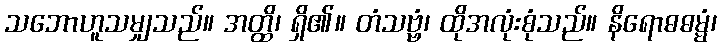
သဘောဟူသမျှသည်။ အတ္ထိ၊ ရှိ၏။ တံသဗ္ဗံ၊ ထိုအလုံးစုံသည်။ နိရောဓဓမ္မံ၊